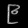
Digit: ၉